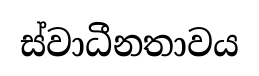
ස්වාධීනතාවය